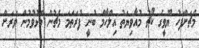
މެޗަށްފަހު ޔޫވީގެ ކޯޗު މުއާވިޔަތު އިލްހާމް ބުނީ ފުރަތަމަ މެޗުން މޮޅުވުމުން ވަރަށް